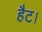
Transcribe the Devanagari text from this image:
हैट।